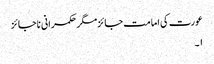
عورت کی امامت جائزمگر حکمرانی ناجائز
۱۔